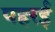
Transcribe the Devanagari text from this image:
पहरई